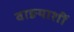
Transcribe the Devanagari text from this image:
वाङयाशीं